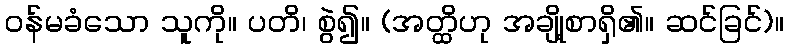
ဝန်မခံသော သူကို။ ပတိ၊ စွဲ၍။ (အတ္ထိဟု အချို့စာရှိ၏။ ဆင်ခြင်)။